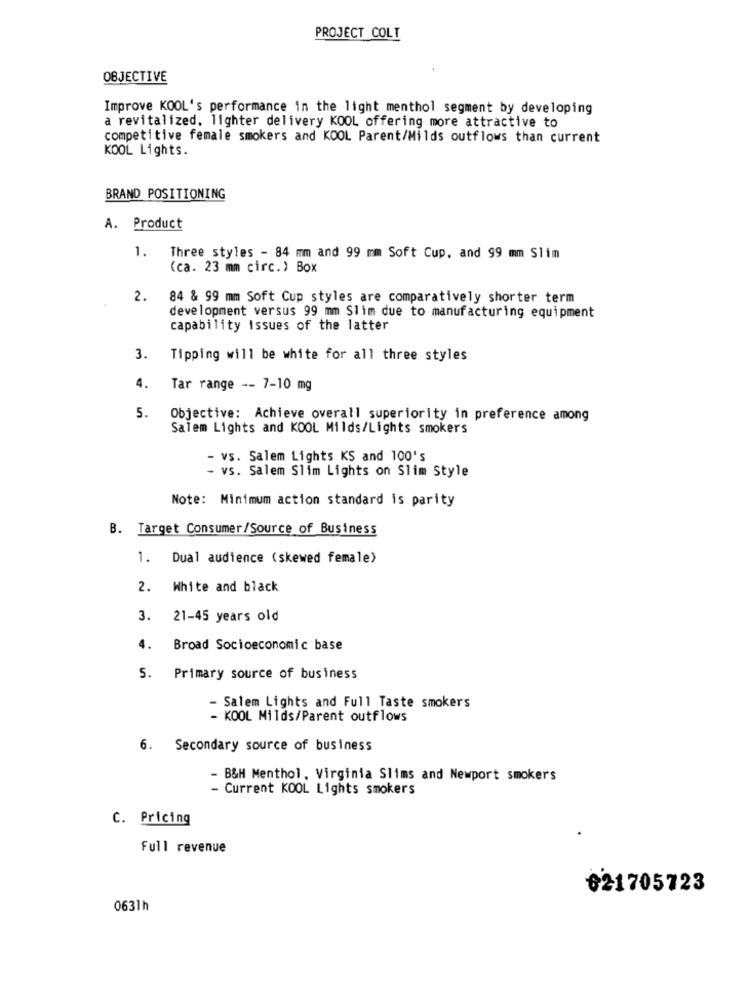
PROJECT COLT
OBJECTIVE
Improve KOOL's performance in the light menthol segment by developing
a revitalized. lighter delivery KOOL offering more attractive to
competitive female smokers and KOOL Parent/Milds outflows than current
KOOL Lights.
BRAND POSITIONING
A. Product
1.
Three styles - 84 mm and 99 mm Soft Cup, and 99 mm Slim
(ca. 23 mm circ.) Box
2.
84 & 99 mm Soft Cup styles are comparatively shorter term
development versus 99 mm Slim due to manufacturing equipment
capability Issues of the latter
3. Tipping will be white for all three styles
4.
Tar range -- 7-10 mg
5.
Objective: Achieve overall superiority in preference among
Salem Lights and KOOL Milds/Lights smokers
- vs. Salem Lights KS and 100's
- vs. Salem Slim Lights on Slim Style
Note: Minimum action standard is parity
B. Target Consumer/Source of Business
1. Dual audience (skewed female)
2. White and black
3. 21-45 years old
4.
Broad Socioeconomic base
5. Primary source of business
- Salem Lights and Full Taste smokers
- KOOL Milds/Parent outflows
6. Secondary source of business
- B&H Menthol, Virginia Slims and Newport smokers
- Current KOOL Lights smokers
C. Pricing
.
Full revenue
៛21705723
0631h